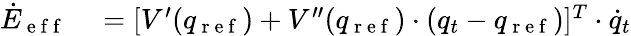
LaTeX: \begin{array}{rl}{\dot{E}_{\mathrm{~e~f~f~}}}&{{}=[V^{\prime}(q_{\mathrm{~r~e~f~}})+V^{\prime\prime}(q_{\mathrm{~r~e~f~}})\cdot(q_{t}-q_{\mathrm{~r~e~f~}})]^{T}\cdot\dot{q}_{t}}\end{array}